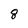
Character: 8